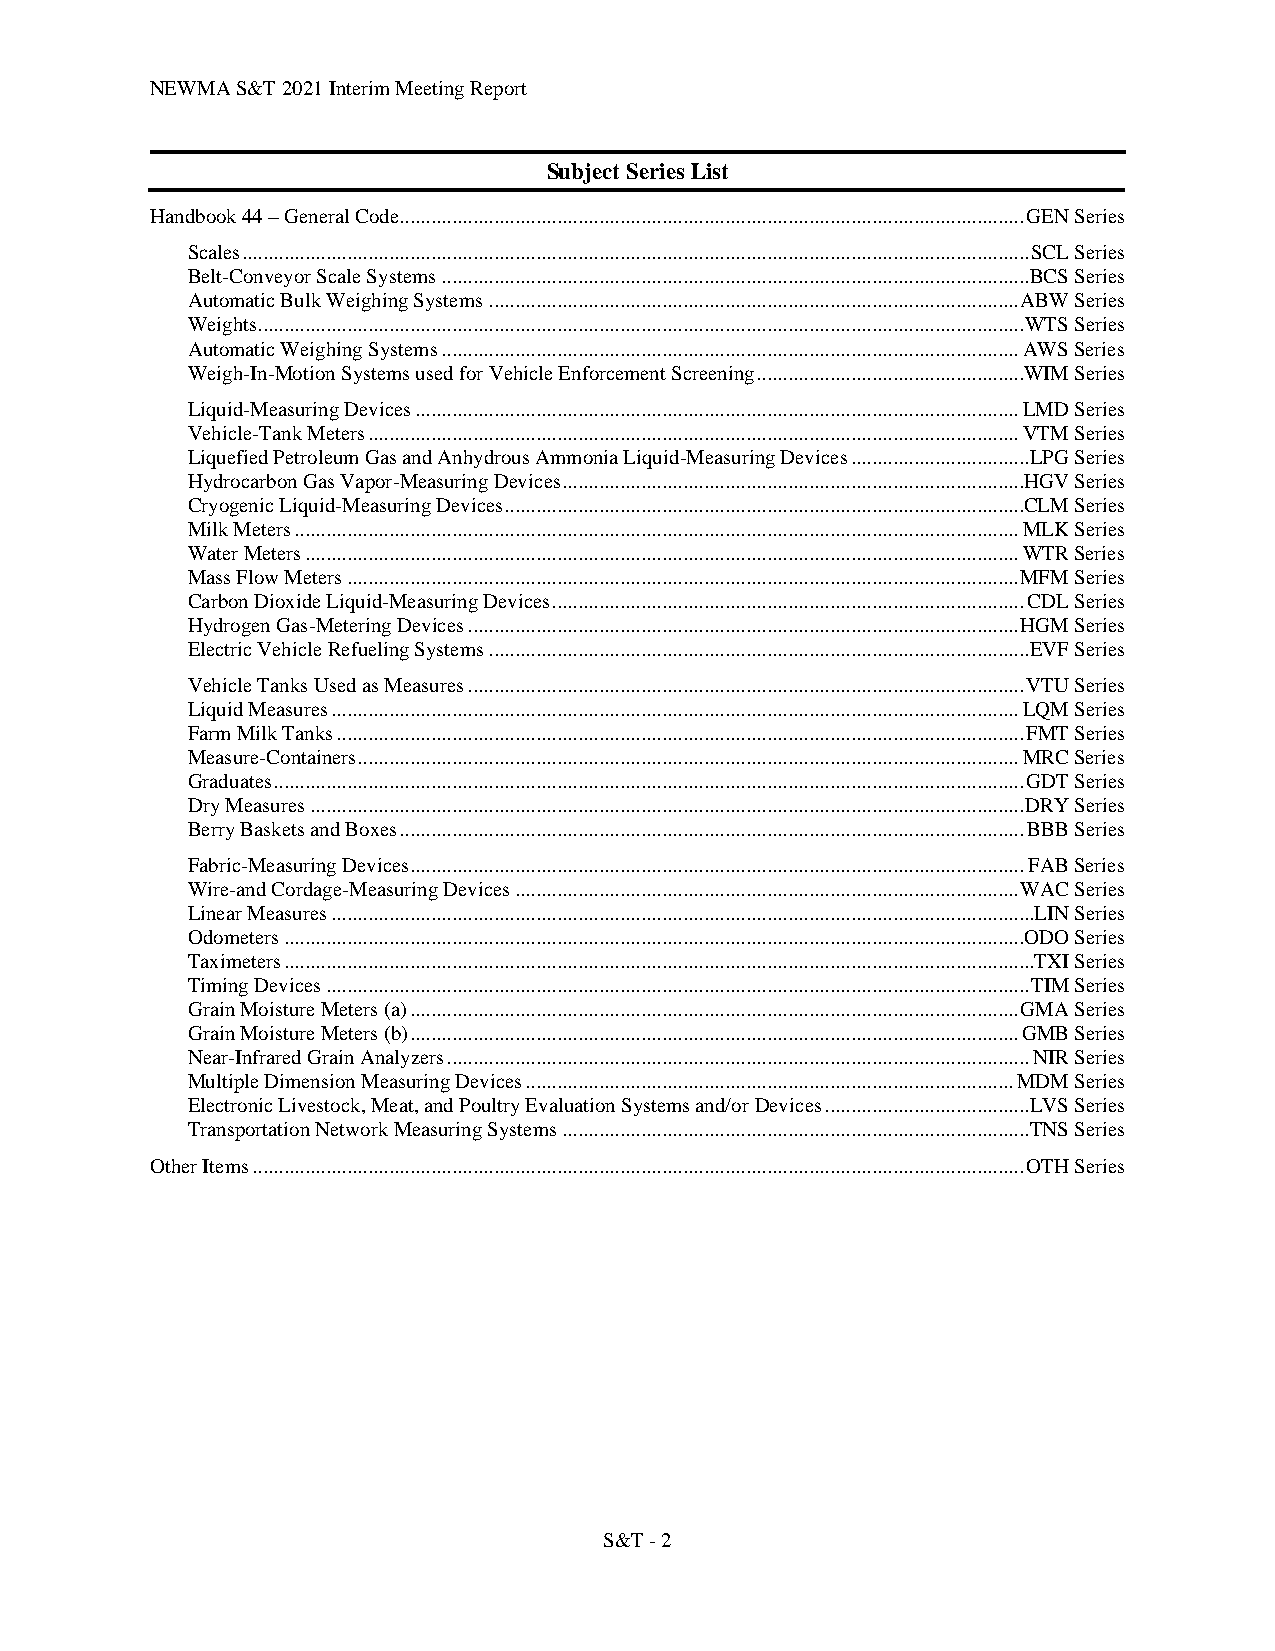
NEWMA S&T 2021 Interim Meeting Report
 Subject Series List
 Handbook 44 – General Code ....................................................................................................................... GEN Series
 Scales ...................................................................................................................................................... SCL Series
 Belt-Conveyor Scale Systems ................................................................................................................ BCS Series
 Automatic Bulk Weighing Systems ..................................................................................................... ABW Series
 Weights .................................................................................................................................................. WTS Series
 Automatic Weighing Systems .............................................................................................................. AWS Series
 Weigh-In-Motion Systems used for Vehicle Enforcement Screening ...................................................WIM Series
 Liquid-Measuring Devices ................................................................................................................... LMD Series
 Vehicle-Tank Meters ............................................................................................................................ VTM Series
 Liquefied Petroleum Gas and Anhydrous Ammonia Liquid-Measuring Devices .................................. LPG Series
 Hydrocarbon Gas Vapor-Measuring Devices ........................................................................................HGV Series
 Cryogenic Liquid-Measuring Devices ...................................................................................................CLM Series
 Milk Meters .......................................................................................................................................... MLK Series
 Water Meters ........................................................................................................................................ WTR Series
 Mass Flow Meters ................................................................................................................................ MFM Series
 Carbon Dioxide Liquid-Measuring Devices .......................................................................................... CDL Series
 Hydrogen Gas-Metering Devices ......................................................................................................... HGM Series
 Electric Vehicle Refueling Systems ....................................................................................................... EVF Series
 Vehicle Tanks Used as Measures .......................................................................................................... VTU Series
 Liquid Measures ................................................................................................................................... LQM Series
 Farm Milk Tanks ................................................................................................................................... FMT Series
 Measure-Containers .............................................................................................................................. MRC Series
 Graduates ............................................................................................................................................... GDT Series
 Dry Measures ........................................................................................................................................ DRY Series
 Berry Baskets and Boxes ....................................................................................................................... BBB Series
 Fabric-Measuring Devices ..................................................................................................................... FAB Series
 Wire-and Cordage-Measuring Devices ................................................................................................ WAC Series
 Linear Measures ......................................................................................................................................LIN Series
 Odometers .............................................................................................................................................ODO Series
 Taximeters ...............................................................................................................................................TXI Series
 Timing Devices ...................................................................................................................................... TIM Series
 Grain Moisture Meters (a) .................................................................................................................... GMA Series
 Grain Moisture Meters (b) .................................................................................................................... GMB Series
 Near-Infrared Grain Analyzers ............................................................................................................... NIR Series
 Multiple Dimension Measuring Devices ............................................................................................. MDM Series
 Electronic Livestock, Meat, and Poultry Evaluation Systems and/or Devices ....................................... LVS Series
 Transportation Network Measuring Systems ......................................................................................... TNS Series
 Other Items ................................................................................................................................................... OTH Series
 S&T - 2